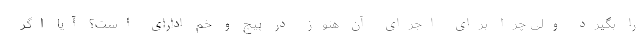
را بگیرد ولی چرا برای اجرای آن هنوز در پیچ و خم ادارای است؟ آیا اگر